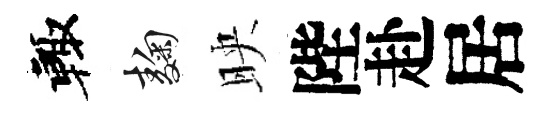
輙麹映陛赴居